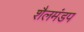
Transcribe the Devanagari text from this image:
शैलमंडप